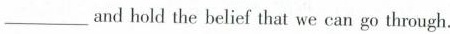
___and hold the belief that we can go through.